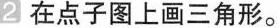
2在点子图上画三角形。